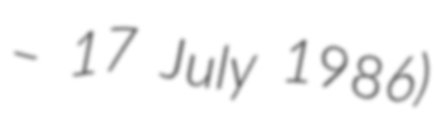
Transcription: – 17 July 1986)